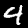
Label: 4